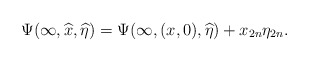
\begin{align*}\Psi(\infty,\widehat x,\widehat\eta)=\Psi(\infty,(x,0),\widehat\eta)+x_{2n}\eta_{2n}.\end{align*}